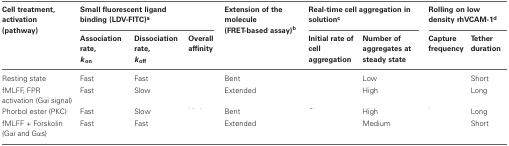
<table><thead><tr><td><b>Cell treatment, activation (pathway)</b></td><td colspan="3"><b>Small fluorescent ligand binding (LDV-FITC)<sup>a</sup></b></td><td><b>Extension of the molecule (FRET-based assay)<sup>b</sup></b></td><td colspan="2"><b>Real-time cell aggregation in solution<sup>c</sup></b></td><td colspan="2"><b>Rolling on low density rhVCAM-1<sup>d</sup></b></td></tr><tr><td>[EMPTY_CELL]</td><td><b>Association rate, <i>k</i><sub>on</sub></b></td><td><b>Dissociation rate, <i>k</i><sub>off</sub></b></td><td><b>Overall affinity</b></td><td>[EMPTY_CELL]</td><td><b>Initial rate of cell aggregation</b></td><td><b>Number of aggregates at steady state</b></td><td><b>Capture frequency</b></td><td><b>Tether duration</b></td></tr></thead><tbody><tr><td>Resting state</td><td>Fast</td><td>Fast</td><td>[EMPTY_CELL]</td><td>Bent</td><td>[EMPTY_CELL]</td><td>Low</td><td>[EMPTY_CELL]</td><td>Short</td></tr><tr><td>fMLFF, FPR activation (Gα i signal)</td><td>Fast</td><td>Slow</td><td>[EMPTY_CELL]</td><td>Extended</td><td>[EMPTY_CELL]</td><td>High</td><td>[EMPTY_CELL]</td><td>Long</td></tr><tr><td>Phorbol ester (PKC)</td><td>Fast</td><td>Slow</td><td>[EMPTY_CELL]</td><td>Bent</td><td>[EMPTY_CELL]</td><td>High</td><td>[EMPTY_CELL]</td><td>Long</td></tr><tr><td>fMLFF + Forskolin (Gα i and Gα s)</td><td>Fast</td><td>Fast</td><td>[EMPTY_CELL]</td><td>Extended</td><td>[EMPTY_CELL]</td><td>Medium</td><td>[EMPTY_CELL]</td><td>Short</td></tr></tbody></table>